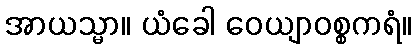
အာယသ္မာ။ ယံခေါ ဝေယျာဝစ္စကရံ။